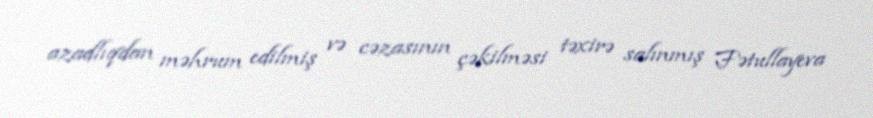
azadlıqdan məhrum edilmiş və cəzasının çəkilməsi təxirə salınmış Fətullayeva